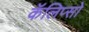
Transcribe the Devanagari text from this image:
कॅलिप्सो